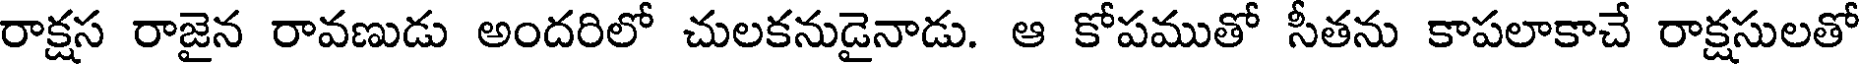
రాక్షస రాజైన రావణుడు అందరిలో చులకనుడైనాడు. ఆ కోపముతో సీతను కాపలాకాచే రాక్షసులతో